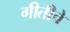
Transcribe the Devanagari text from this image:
गीतीचे